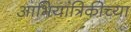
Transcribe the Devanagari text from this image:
आभियांत्रिकीच्या